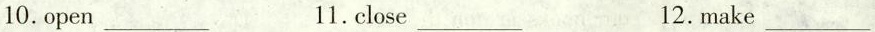
10. open___ 11. close___ 12. make___